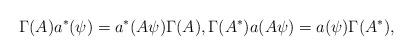
LaTeX: \begin{align*}\Gamma(A) a^* ( \psi) = a^* (A \psi) \Gamma (A) , \Gamma(A^*) a ( A \psi) = a ( \psi) \Gamma (A^*),\end{align*}